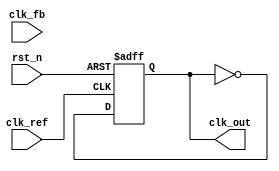
module CP_PLL (
    input wire clk_ref,           // Reference clock input
    input wire clk_fb,            // Feedback clock input from VCO
    input wire rst_n,             // Active low reset
    output wire clk_out           // Output clock from VCO
);

    // Phase Frequency Detector (PFD) Signals
    reg up, down;
    wire pfd_clk_ref, pfd_clk_fb;

    // Charge Pump Signals
    reg charge, discharge;
    reg [7:0] control_voltage; // Control voltage for VCO

    // Loop Filter
    reg [7:0] loop_filter_out;

    // Voltage-Controlled Oscillator (VCO)
    reg [7:0] vco_frequency; // Frequency control variable
    reg clk_vco;

    // Feedback Divider
    reg [1:0] div_counter; // Simple divider for feedback
    reg clk_fb_div;

    // Phase Frequency Detector (PFD) Implementation
    always @(posedge clk_ref or negedge rst_n) begin
        if (!rst_n) begin
            up <= 0;
            down <= 0;
        end else begin
            if (pfd_clk_ref && !pfd_clk_fb)
                up <= 1;
            else
                up <= 0;

            if (!pfd_clk_ref && pfd_clk_fb)
                down <= 1;
            else
                down <= 0;
        end
    end

    // Charge Pump Implementation
    always @(posedge clk_ref or negedge rst_n) begin
        if (!rst_n) begin
            charge <= 0;
            discharge <= 0;
            control_voltage <= 8'b0;
        end else begin
            if (up) begin
                charge <= 1;
                discharge <= 0;
            end else if (down) begin
                charge <= 0;
                discharge <= 1;
            end else begin
                charge <= 0;
                discharge <= 0;
            end
            
            if (charge)
                control_voltage <= control_voltage + 1; // Increment control voltage
            else if (discharge)
                control_voltage <= control_voltage - 1; // Decrement control voltage
        end
    end

    // Loop Filter Implementation
    always @(posedge clk_ref or negedge rst_n) begin
        if (!rst_n) begin
            loop_filter_out <= 8'b0;
        end else begin
            loop_filter_out <= control_voltage; // Simple first-order filter
        end
    end

    // Voltage-Controlled Oscillator (VCO) Implementation
    always @(posedge clk_ref or negedge rst_n) begin
        if (!rst_n) begin
            vco_frequency <= 8'b0;
            clk_vco <= 0;
        end else begin
            vco_frequency <= loop_filter_out; // Control frequency based on filter output
            
            // Generate VCO output clock
            clk_vco <= ~clk_vco; // Simplified VCO clock generation
        end
    end

    // Feedback Divider Implementation
    always @(posedge clk_vco or negedge rst_n) begin
        if (!rst_n) begin
            div_counter <= 2'b00;
            clk_fb_div <= 0;
        end else begin
            div_counter <= div_counter + 1;
            if (div_counter == 2'b01) begin
                clk_fb_div <= ~clk_fb_div; // Divide by 2
            end
        end
    end

    // Assign output clock
    assign clk_out = clk_vco;

    // PFD clock signals (assuming simple edge detection)
    assign pfd_clk_ref = clk_ref;
    assign pfd_clk_fb = clk_fb_div;

endmodule